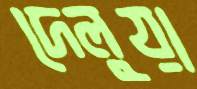
দেলুয়া